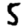
Digit: 5